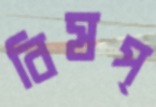
বিষপ্